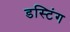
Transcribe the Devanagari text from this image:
डस्टिंग